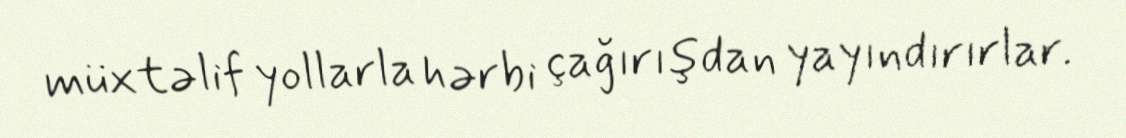
müxtəlif yollarla hərbi çağırışdan yayındırırlar.